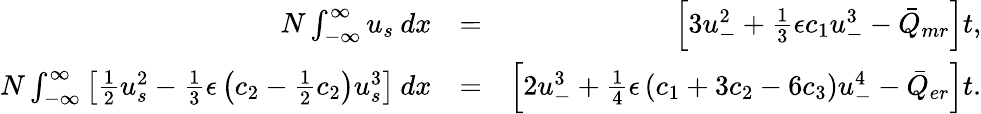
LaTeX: \begin{array}{rlr}{N\int_{-\infty}^{\infty}u_{s}\: dx}&{=}&{\left[3u_{-}^{2}+\frac{1}{3}\epsilon c_{1}u_{-}^{3}-\bar{Q}_{mr}\right]t,}\\ {N\int_{-\infty}^{\infty}\left[\frac{1}{2}u_{s}^{2}-\frac{1}{3}\epsilon\left(c_{2}-\frac{1}{2}c_{2}\right)u_{s}^{3}\right]\: dx}&{=}&{\left[2u_{-}^{3}+\frac{1}{4}\epsilon\left(c_{1}+3c_{2}-6c_{3}\right)u_{-}^{4}-\bar{Q}_{er}\right]t.}\end{array}